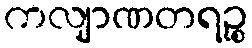
ကလျာဏတရဉ္စ